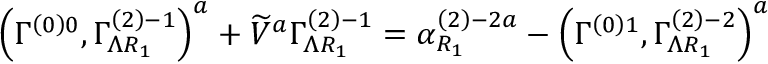
\left( \Gamma _ { } ^ { \left( 0 \right) 0 } , \Gamma _ { \Lambda R _ { 1 } } ^ { \left( 2 \right) - 1 } \right) ^ { a } + \widetilde { V } ^ { a } \Gamma _ { \Lambda R _ { 1 } } ^ { \left( 2 \right) - 1 } = \alpha _ { R _ { 1 } } ^ { \left( 2 \right) - 2 a } - \left( \Gamma _ { } ^ { \left( 0 \right) 1 } , \Gamma _ { \Lambda R _ { 1 } } ^ { \left( 2 \right) - 2 } \right) ^ { a }